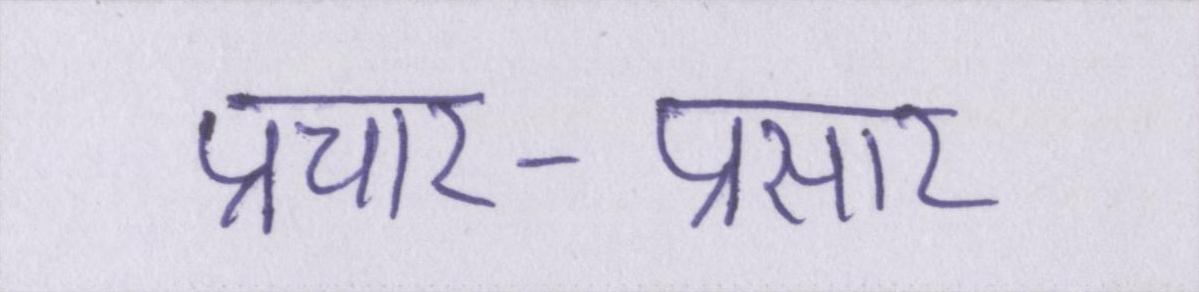
प्रचार-प्रसार